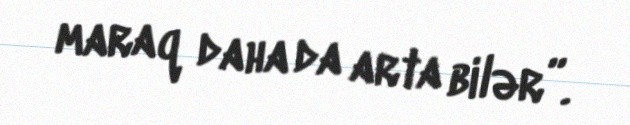
maraq daha da arta bilər”.